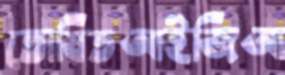
তোষিতআইজিআ